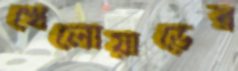
খেলোয়াড়ের